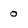
Character: 0